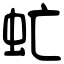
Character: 虻